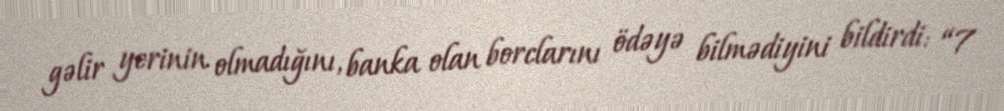
gəlir yerinin olmadığını, banka olan borclarını ödəyə bilmədiyini bildirdi: “7